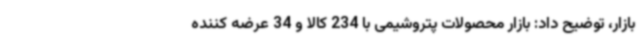
بازار، توضیح داد: بازار محصولات پتروشیمی با 234 کالا و 34 عرضه کننده